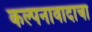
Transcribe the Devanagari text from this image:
कल्पनावादाचा